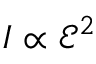
I \propto \mathcal { E } ^ { 2 }